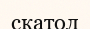
скатол